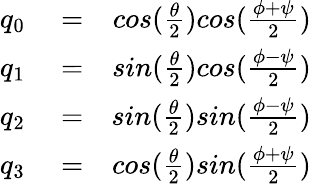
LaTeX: \begin{array}{rlr}{q_{0}}&{{}=}&{cos(\frac{\theta}{2})cos(\frac{\phi+\psi}{2})}\\ {q_{1}}&{{}=}&{sin(\frac{\theta}{2})cos(\frac{\phi-\psi}{2})}\\ {q_{2}}&{{}=}&{sin(\frac{\theta}{2})sin(\frac{\phi-\psi}{2})}\\ {q_{3}}&{{}=}&{cos(\frac{\theta}{2})sin(\frac{\phi+\psi}{2})}\end{array}